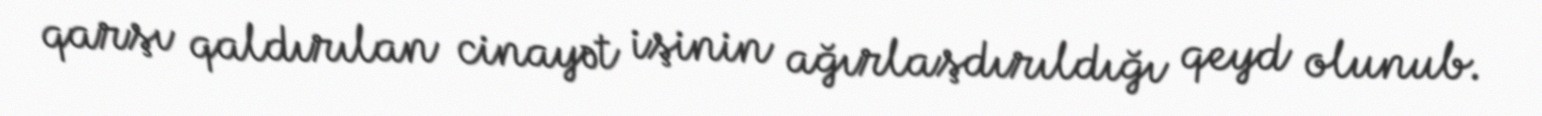
qarşı qaldırılan cinayət işinin ağırlaşdırıldığı qeyd olunub.